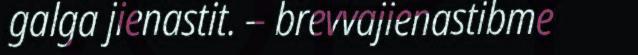
galga jienastit. – brevvajienastibme